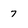
Character: 7